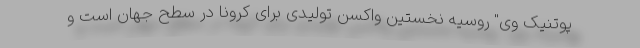
پوتنیک وی" روسیه نخستین واکسن تولیدی برای کرونا در سطح جهان است و